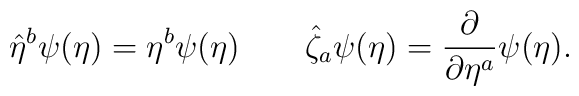
\hat{\eta}^b\psi(\eta)=\eta^b\psi(\eta)\qquad\hat{\zeta}_a\psi(\eta)=\frac{\partial}{\partial\eta^a}\psi(\eta).